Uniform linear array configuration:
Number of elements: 16
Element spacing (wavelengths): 0.75
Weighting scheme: hann
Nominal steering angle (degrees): -45
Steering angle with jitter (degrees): -43.096
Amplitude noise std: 0.05
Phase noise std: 0.05

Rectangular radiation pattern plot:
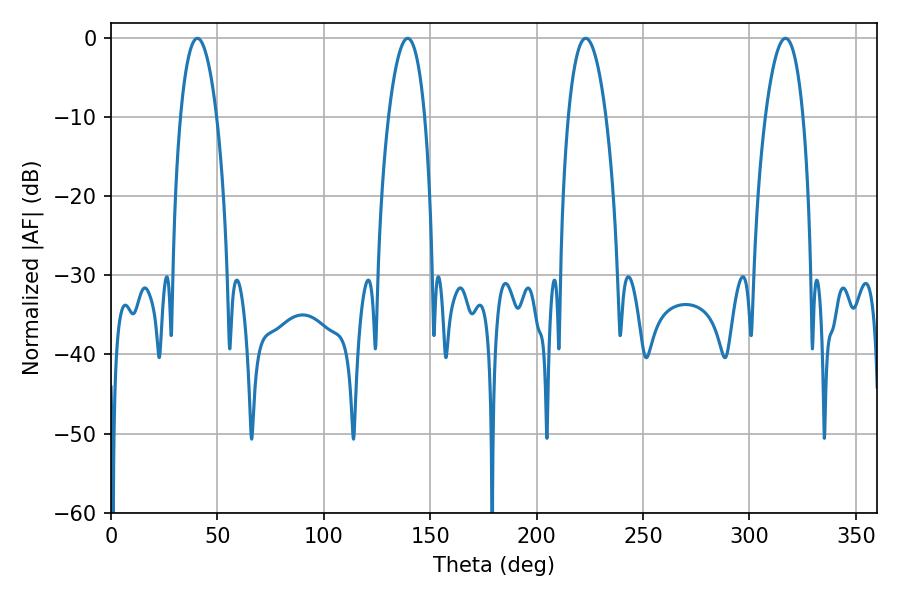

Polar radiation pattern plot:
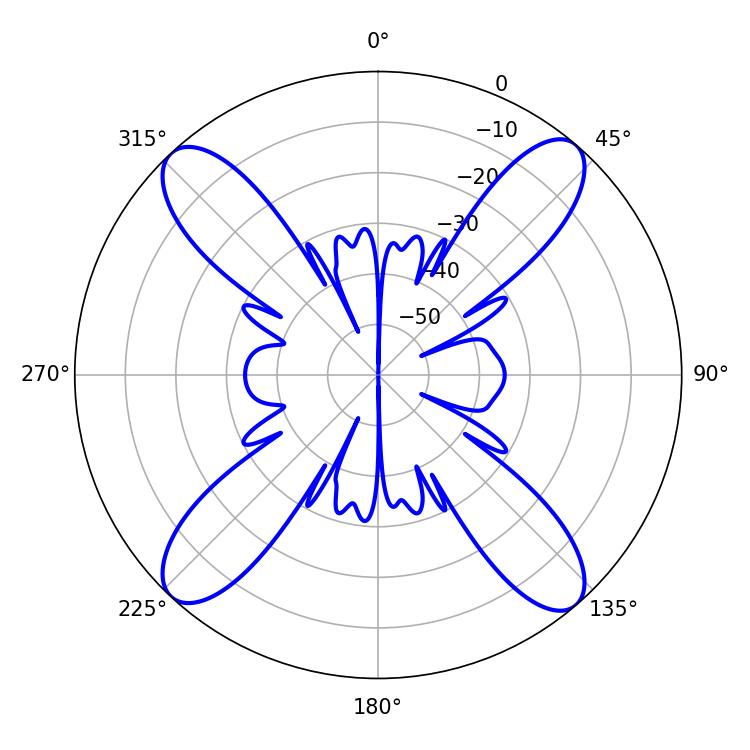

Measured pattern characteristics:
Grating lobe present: TRUE
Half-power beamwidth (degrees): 9.9
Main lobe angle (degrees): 316.98